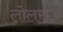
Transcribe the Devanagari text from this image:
लोलराज